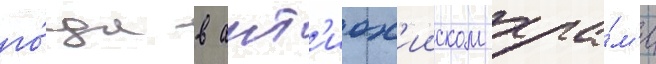
го́да в ант'иох'ииском хра́м'е